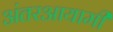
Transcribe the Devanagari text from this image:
अंतरआयामी